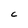
Character: C